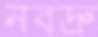
নবদ্রু